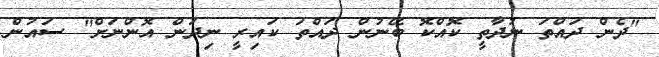
"ދެން ދައްތަ ނުދާތީ ކޮއްކޮ ބޭނުން ދައްތަ ކައިރީ ނިދަން އޮންނަށް'' ސައުން